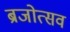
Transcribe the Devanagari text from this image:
ब्रजोत्सव